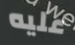
عليه